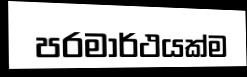
පරමාර්ථයක්ම